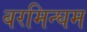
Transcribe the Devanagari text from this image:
बरमिन्घम